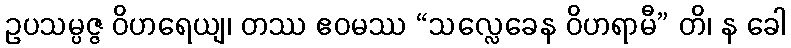
ဥပသမ္ပဇ္ဇ ဝိဟရေယျ၊ တဿ ဧဝမဿ “သလ္လေခေန ဝိဟရာမီ” တိ၊ န ခေါ